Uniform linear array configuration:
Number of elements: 48
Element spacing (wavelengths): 0.5
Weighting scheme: hamming
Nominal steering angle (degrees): -30
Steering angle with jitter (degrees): -28.973
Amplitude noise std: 0.05
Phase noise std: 0.05

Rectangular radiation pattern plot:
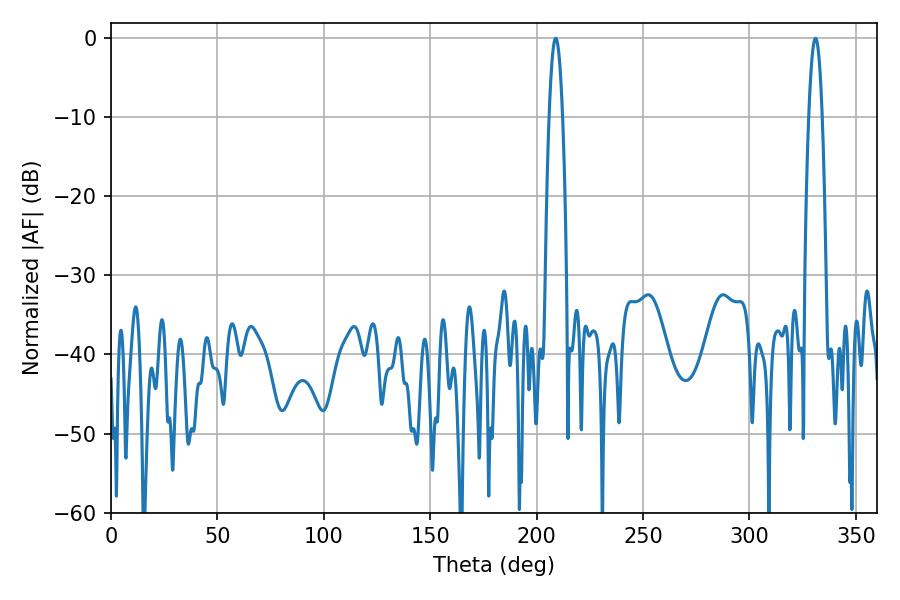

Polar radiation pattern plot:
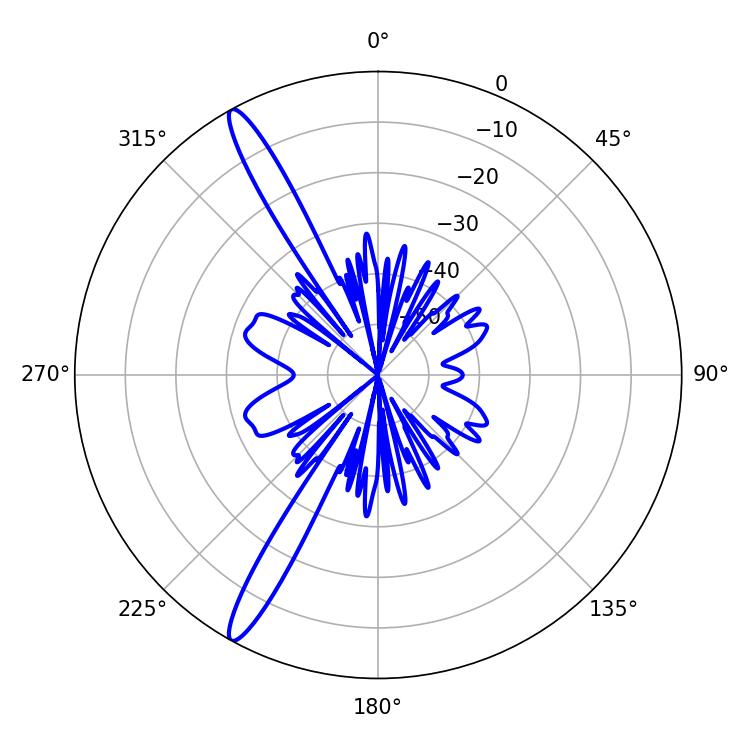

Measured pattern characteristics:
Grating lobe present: FALSE
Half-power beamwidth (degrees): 3.6
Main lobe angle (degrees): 208.98